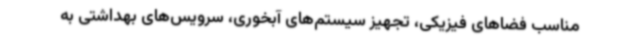
مناسب فضاهای فیزیکی، تجهیز سیستم‌های آبخوری، سرویس‌های بهداشتی به